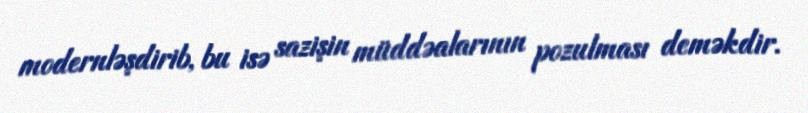
modernləşdirib, bu isə sazişin müddəalarının pozulması deməkdir.